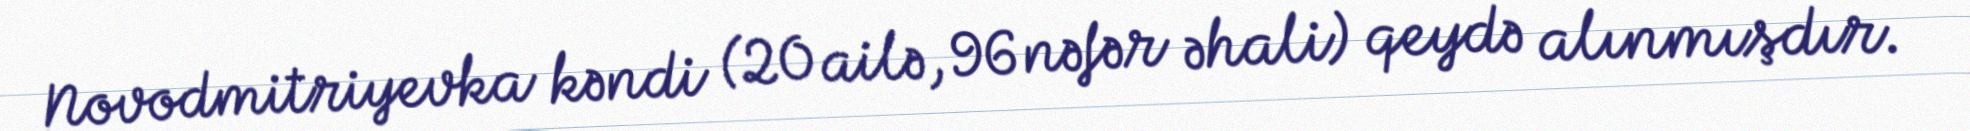
Novodmitriyevka kəndi (20 ailə, 96 nəfər əhali) qeydə alınmışdır.